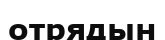
отрядын